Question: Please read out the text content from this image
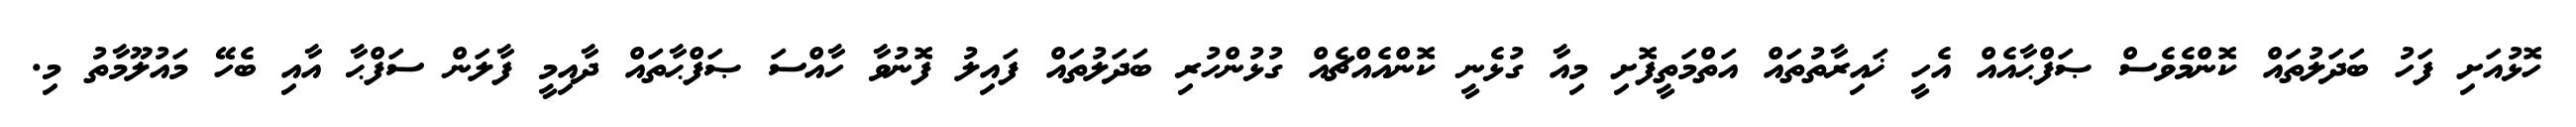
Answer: ހޮޅުއަށި ފަހު ބަދަލުތައް ކޮންމެވެސް ޞަފްޙާއެއް އެހީ ޚައިރާތުތައް އަތްމަތީފޮށި މިއާ ގުޅެނީ ކޮންއެއްޗެއް ގުޅުންހުރި ބަދަލުތައް ފައިލު ފޮނުވާ ހާއްސަ ޞަފްޙާތައް ދާއިމީ ފާލަން ސަފްޙާ އާއި ބެހޭ މައުލޫމާތު މި.